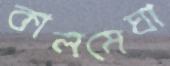
কালমেঘা